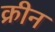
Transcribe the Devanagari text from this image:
क्रीन